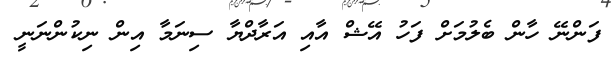
ފަންނޭ ހާން ބެލުމަށް ފަހު އޭޝް އާއި އަރާދްޔާ ސިނަމާ އިން ނިކުންނަނީ